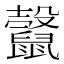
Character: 𪕷